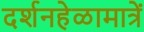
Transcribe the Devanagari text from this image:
दर्शनहेळामात्रें